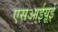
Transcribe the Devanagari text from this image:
एसआईयूई